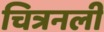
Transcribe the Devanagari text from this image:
चित्रनली